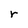
Character: r